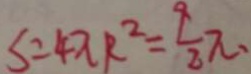
S = 4 \pi R ^ { 2 } = \frac { 9 } { 2 } \pi